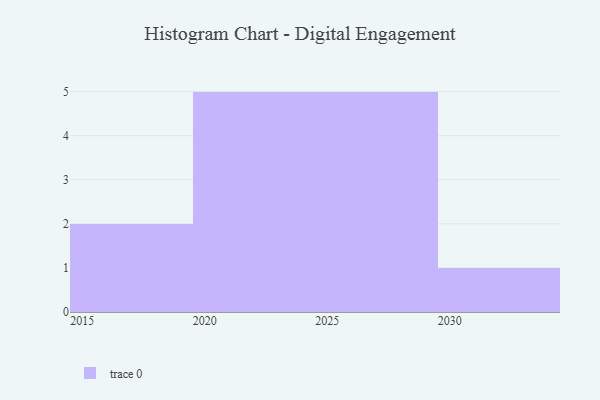
{"axis": {"x": "Year", "y": "Net Income (USD K)"}, "legend": [""], "data": [{"x": "2029", "y": 91, "type": ""}, {"x": "2019", "y": 78, "type": ""}, {"x": "2028", "y": 19, "type": ""}, {"x": "2030", "y": 75, "type": ""}, {"x": "2027", "y": 66, "type": ""}, {"x": "2026", "y": 80, "type": ""}, {"x": "2016", "y": 52, "type": ""}, {"x": "2023", "y": 9, "type": ""}, {"x": "2024", "y": 18, "type": ""}, {"x": "2025", "y": 69, "type": ""}, {"x": "2022", "y": 47, "type": ""}, {"x": "2020", "y": 12, "type": ""}, {"x": "2021", "y": 6, "type": ""}]}